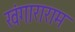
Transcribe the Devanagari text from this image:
खंगाराराम